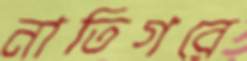
নাতিগরে